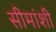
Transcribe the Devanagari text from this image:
सीमांशी